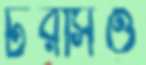
টরসিও